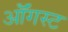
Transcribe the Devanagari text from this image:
ऑॅगस्ट